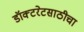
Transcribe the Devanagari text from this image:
डॉक्टरेटसाठीचा